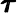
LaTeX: \pmb{\tau}